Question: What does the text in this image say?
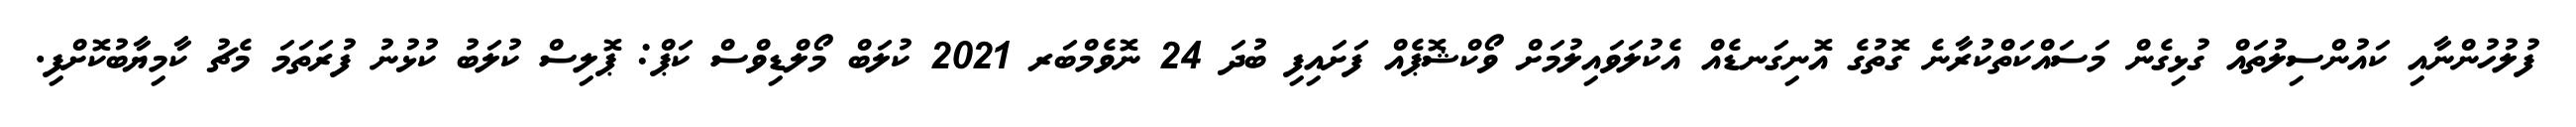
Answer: ފުލުހުންނާއި ކައުންސިލުތައް ގުޅިގެން މަސައްކަތްކުރާނެ ގޮތުގެ އޮނިގަނޑެއް އެކުލަވައިލުމަށް ވޯކްޝޮޕެއް ފަށައިފި ބުދަ 24 ނޮވެމްބަރ 2021 ކުލަބް މޯލްޑިވްސް ކަޕް: ޕޮލިސް ކުލަބު ކުޅުނު ފުރަތަމަ މެޗު ކާމިޔާބުކޮށްފި.